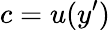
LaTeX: c=u(y^{\prime})